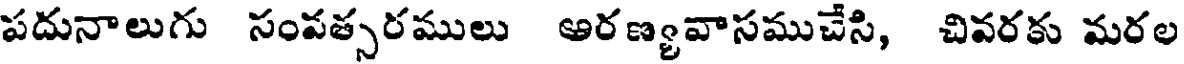
పదునాలుగు సంవత్సరములు ఆరణ్యవాసముచేసి, చివరకు మరల